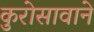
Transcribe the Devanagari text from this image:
कुरोसावाने